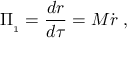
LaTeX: { \mit \Pi } _ { _ 1 } = { \frac { d r } { d \tau } } = M \dot { r } \ ,